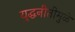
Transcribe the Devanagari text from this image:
युद्धनीतीमुळे